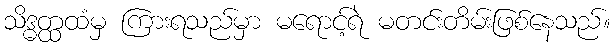
သိဒ္ဓတ္ထထံမှ ကြားရသည်မှာ မရောင့်ရဲ မတင်းတိမ်းဖြစ်နေသည်။